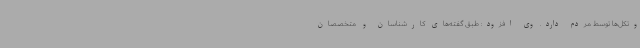
وتکل‌ها توسط مردم دارد. وی افزود: طبق گفته‌های کارشناسان و متخصصان